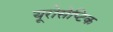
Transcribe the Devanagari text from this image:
यूरोसेप्टिक